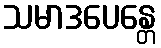
သမာဒပေန္တေ